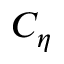
C _ { \eta }